Vaccination United Provinces of Agra and Oudh 1914-1922 - 1914-1922
Year: 1914
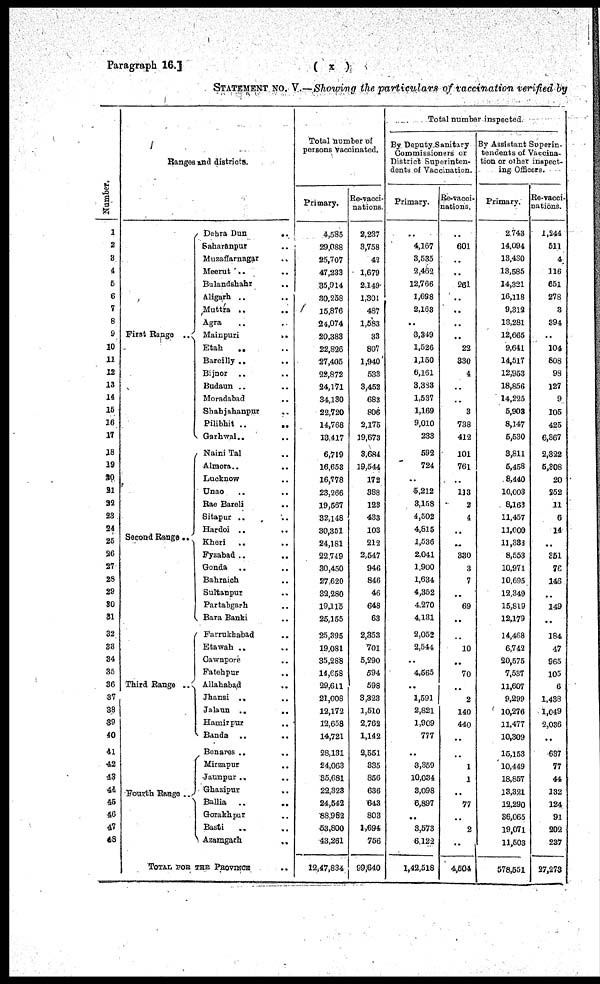
Paragraph 16.]
( x )
STATEMENT No. V.—Showing the particulars of vaccination verified by
Number.
1
2
3
4
5
6
7
8
9
10
11
12
13
14
15
16
17
18
19
20
21
22
23
24
25
26
27
28
29
30
31
32
33
34
35
36
37
38
39
40
41
42
43
44
45
46
47
48
Ranges and districts.
First Range
..
Second Range ..
Third Range
..
Fourth Range ..
Dehra Dun
..
Saharanpur ..
Muzaffarnagar ..
Meerut
..
..
Bulandshahr ..
Aligarh .. ..
Muttra .. ..
Agra .. ..
Mainpuri
..
..
Etah .. ..
Bareilly .. ..
Bijnor .. ..
Budaun .. ..
Moradabad .. ..
Shahjahanpur.. ..
Pilibhit
..
..
Garhwal.. ..
Naini Tal ..
Almora.. ..
Lucknow .. ..
Unao .. ..
Rae Bareli .. ..
Sitapur .. ..
Hardoi .. ..
Kheri .. ..
Fyzabad.. ..
Gonda .. ..
Bahraich ..
Sultanpur .. ..
Partabgarh .. ..
Bara Banki .. ..
Furrukhabad
..
Etawah .. ..
Cawnpore .. ..
Fatehpur .. ..
Allahabad .. ..
Jhansi .. ..
Jalaun
..
..
Hamirpur .. ..
Banda .. ..
Benares .. ..
Mirzapur .. ..
Jaunpur .. ..
Gharipur .. ..
Ballia .. ..
Gorakhpur ..
Basti .. ..
Azamgarh ..
TOTAL FOR THE PROVINCE ..
Total number of
persons vaccinated.
Primary.
4,585
29,088
25,707
47,233
35,914
30,258
15,876
24,074
20,383
22,826
27,405
22,872
24,171
34,180
22,720
14,768
13,417
6,719
16,653
16,778
23,266
19,567
32,148
30,331
24,181
22,749
30,450
27,620
32,280
19,115
25,155
25,395
19,081
35,288
14,058
29,611
21,008
12,172
12,658
14,721
28,131
24,063
35,681
22,323
24,542
88,982
53,800
43,261
12,47,834
Re-vacci-
nations
2,237
3,758
42
1,679
2,149
1,301
487
1,583
33
807
1,940
533
3,452
683
806
2,175
19,673
3,684
19,544
172
388
123
433
103
212
2,547
946
846
46
648
63
2,353
701
5,290
594
598
3,323
1,510
2,762
1,142
2,551
335
856
636
643
803
1,694
756
99,640
Total number inspected.
By Deputy Sanitary
Commissioners or
District Superinten-
dents of Vaccination.
Primary.
..
4,167
3,535
2,462
12,766
1,698
2,163
..
3,349
1,526
1,150
6,161
3,383
1,537
1,169
9,010
233
592
724
..
5,212
3,153
4,502
4,815
1,536
2,041
1,900
1,634
4,352
4,270
4,131
2,052
2,544
..
4,565
..
1,591
2,821
1,909
777
..
3,359
10,034
3,098
6,897
..
3,573
6,122
1,42,518
Re-vacci-
nations.
..
601
..
..
261
..
..
..
..
22
330
4
..
..
3
738
412
101
761
..
113
2
4
..
..
330
3
7
..
69
..
..
10
..
70
..
2
140
440
..
..
1
1
..
77
..
2
..
4,504
By Assistant Superin-
tendents of Vaccina-
tion or other inspect-
ing Officers.
Primary.
2,748
14,094
13,430
13,585
14,321
16,118
9,312
13,281
12,665
9,641
14,517
12,953
18,856
14,225
5,903
8,147
5,530
3,811
5,458
8,440
10,003
8,163
11,457
11,000
11,338
8,553
10,971
10,695
12,349
15,819
12,179
14,468
6,742
20,575
7,537
11,607
9,299
10,276
11,477
10,309
15,153
10,449
18,857
13,321
12,290
86,065
19,071
11,503
578,551
Re-vacci-
nations.
1,244
511
4
116
651
278
3
394
..
104
808
98
127
9
105
425
6,367
2,322
5,308
20
252
11
6
14
..
351
76
146
..
149
..
184
47
965
105
6
1,438
1,049
2,036
..
637
77
44
132
124
91
202
237
27,273